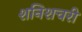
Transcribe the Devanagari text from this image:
शनिशचरी